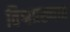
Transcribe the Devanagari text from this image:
विश्वप्रख्यात